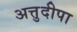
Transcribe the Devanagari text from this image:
अत्तुदीपा